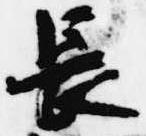
長